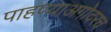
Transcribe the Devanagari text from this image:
पाहण्याअगोदरच